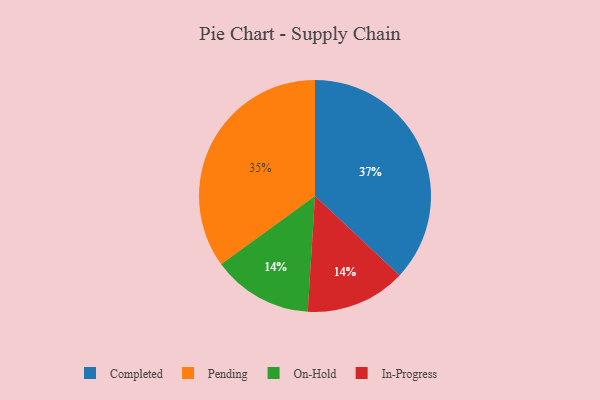
{"axis": {"x": "Category", "y": "Percentage"}, "legend": ["Completed", "In-Progress", "On-Hold", "Pending"], "data": [{"x": "Completed", "y": 37, "type": "Completed"}, {"x": "On-Hold", "y": 14, "type": "On-Hold"}, {"x": "Pending", "y": 35, "type": "Pending"}, {"x": "In-Progress", "y": 14, "type": "In-Progress"}]}